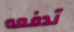
تدفعه